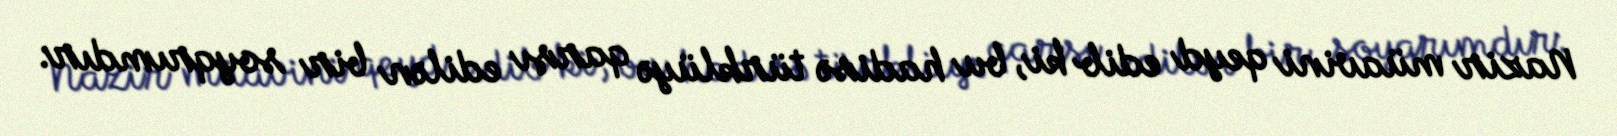
Nazir müavini qeyd edib ki, bu hadisə türklüyə qarşı edilən bir soyqrımdır: